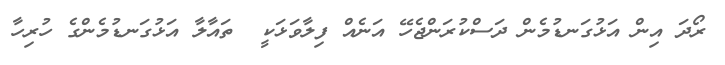
ރޯދަ އިން އަޅުގަނޑުމެން ދަސްކުރަންޖެހޭ އަނެއް ފިލާވަޅަކީ  ތައާލާ އަޅުގަނޑުމެންގެ ހުރިހާ